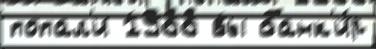
попал'и 1988 вы банк'и́р